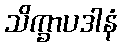
သိက္ခာပဒါနံ